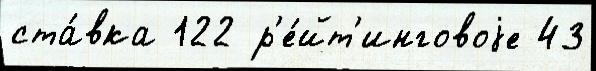
ста́вка 122 р'е́йт'инговоjе 43